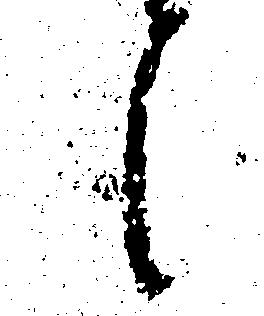
候